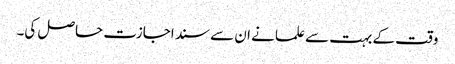
وقت کے بہت سے علما نے ان سے سند اجازت حاصل کی۔